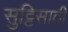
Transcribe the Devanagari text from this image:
सुट्टिसाठी